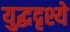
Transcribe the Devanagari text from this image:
युद्धदृश्ये